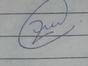
Signature authenticity: genuine